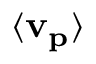
\mathbf { \langle v _ { p } \rangle }